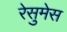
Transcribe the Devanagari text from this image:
रेसुमेस